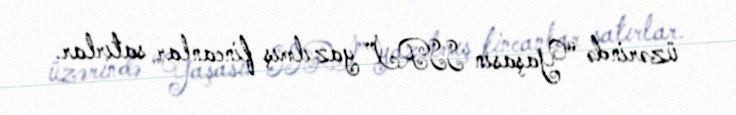
üzərində “Yaşasın SSRİ” yazılmış fincanlar satırlar.